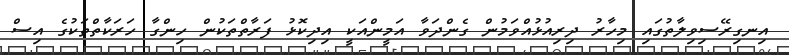
އިނގިރޭސިވިލާތުގައި މިހާރު ދިރިއުޅުއްވަމުން ގެންދަވާ އަމީންއަކީ އިދިކޮޅު ފަރާތްތަކުން ހިންގާ ހަރަކާތްތަކުގެ އިސް